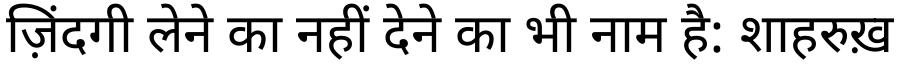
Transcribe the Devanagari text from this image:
ज़िंदगी लेने का नहीं देने का भी नाम है: शाहरुख़